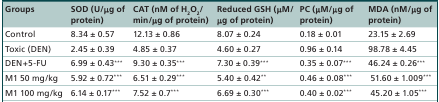
<table><thead><tr><td><b>Groups</b></td><td><b>SOD (U/μg of protein)</b></td><td><b>CAT (nM of H<sub>2</sub>O<sub>2</sub>/min/μg of protein)</b></td><td><b>Reduced GSH (μM/μg of protein)</b></td><td><b>PC (μM/μg of protein)</b></td><td><b>MDA (nM/μg of protein)</b></td></tr></thead><tbody><tr><td>Control</td><td>8.34 ± 0.57</td><td>12.13 ± 0.86</td><td>8.07 ± 0.24</td><td>0.18 ± 0.01</td><td>23.15 ± 2.69</td></tr><tr><td>Toxic (DEN)</td><td>2.45 ± 0.39</td><td>4.85 ± 0.37</td><td>4.60 ± 0.27</td><td>0.96 ± 0.14</td><td>98.78 ± 4.45</td></tr><tr><td>DEN+5-FU</td><td>6.99 ± 0.43***</td><td>9.30 ± 0.35***</td><td>7.30 ± 0.39***</td><td>0.35 ± 0.07***</td><td>46.24 ± 0.26***</td></tr><tr><td>M1 50 mg/kg</td><td>5.92 ± 0.72***</td><td>6.51 ± 0.29***</td><td>5.40 ± 0.42**</td><td>0.46 ± 0.08***</td><td> 51.60 ± 1.009***</td></tr><tr><td>M1 100 mg/kg</td><td>6.14 ± 0.17***</td><td>7.52 ± 0.7***</td><td>6.69 ± 0.30***</td><td>0.40 ± 0.02***</td><td> 45.20 ± 1.05***</td></tr></tbody></table>